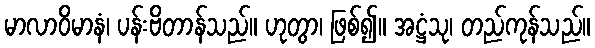
မာလာဝိမာနံ၊ ပန်းဗိတာန်သည်။ ဟုတွာ၊ ဖြစ်၍။ အဋ္ဌံသု၊ တည်ကုန်သည်။